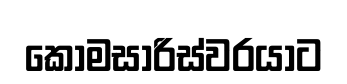
කොමසාරිස්වරයාට